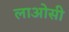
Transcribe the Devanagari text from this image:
लाओसी